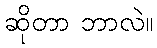
ဆိုတာ ဘာလဲ။